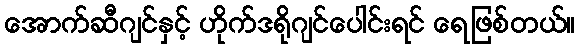
အောက်ဆီဂျင်နှင့် ဟိုက်ဒရိုဂျင်ပေါင်းရင် ရေဖြစ်တယ်။